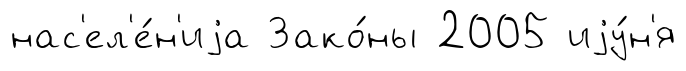
нас'ел'е́н'иjа Зако́ны 2005 иjу́н'я